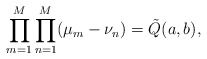
\begin{align*}\prod_{m=1}^M\prod_{n=1}^M(\mu_m-\nu_{n})=\tilde{Q}(a,b),\end{align*}